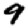
Digit: 9